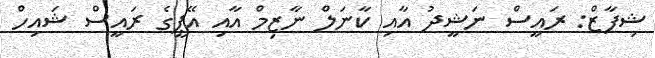
ޝިފާޒް: ރައީސް ނަޝީދު އާއި ކާނަލް ނާޒިމް އާއި އޭޕީގެ ރައީސް ޝައިހް